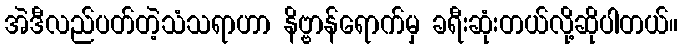
အဲဒီလည်ပတ်တဲ့သံသရာဟာ နိဗ္ဗာန်ရောက်မှ ခရီးဆုံးတယ်လို့ဆိုပါတယ်။